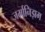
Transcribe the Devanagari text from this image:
जर्मानिझम